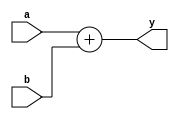
`timescale 1ns / 1ps
//////////////////////////////////////////////////////////////////////////////////
// Company: 
// Engineer: 
// 
// Design Name: 
// Module Name: adder
// Project Name: 
// Target Devices: 
// Tool Versions: 
// Description: 
// 
// Dependencies: 
// 
// Revision:
// Revision 0.01 - File Created
// Additional Comments:
// 
//////////////////////////////////////////////////////////////////////////////////
module adder(input [31:0] a, b,
 output [31:0] y);
 assign #10 y = a + b;
endmodule